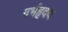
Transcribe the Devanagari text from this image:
गर्भहृदय